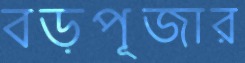
বড়পূজার